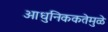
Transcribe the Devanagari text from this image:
आधुनिककतेमुळे